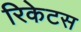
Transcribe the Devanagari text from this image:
रिकेटस